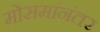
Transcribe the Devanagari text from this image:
मोसमांनंतर